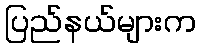
ပြည်နယ်များက